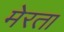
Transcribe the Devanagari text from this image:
मेरता